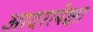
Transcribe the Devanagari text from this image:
आदरापेक्षा